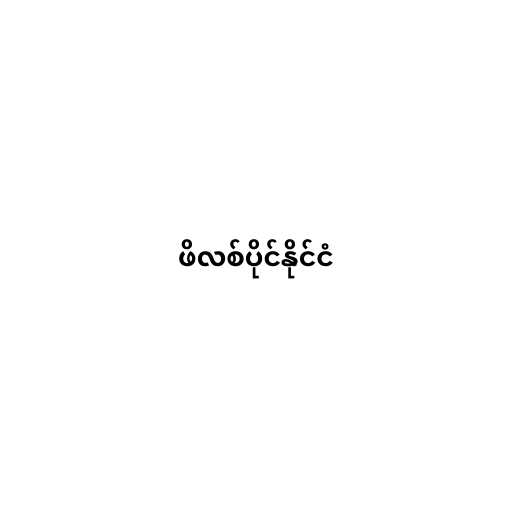
ဖိလစ်ပိုင်နိုင်ငံ